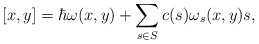
\begin{align*}[x,y]=\hbar \omega(x,y) + \sum_{s \in S} c(s) \omega_s(x,y) s,\end{align*}